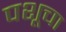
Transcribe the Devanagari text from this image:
पशूचा